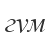
гум